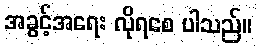
အခွင့်အရေး လိုရစေ ပါသည်။